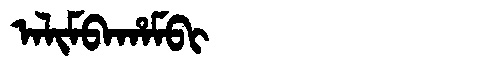
Manchu: ᠠᠯᡳᠮᠪᠠᡥᠠᠮᠪᡳ
Romanization: ALIMBAHAMBI